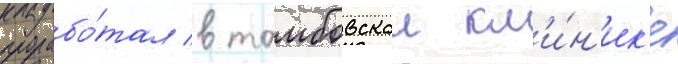
прорабо́тал в тамбовскои кл'и́н'ик'е